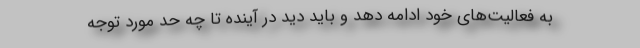
به فعالیت‌های خود ادامه دهد و باید دید در آینده تا چه حد مورد توجه